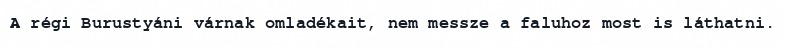
A régi Burustyáni várnak omladékait, nem messze a faluhoz most is láthatni.